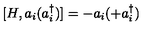
[ H , a _ { i } ( a _ { i } ^ { \dagger } ) ] = - a _ { i } ( + a _ { i } ^ { \dagger } )